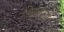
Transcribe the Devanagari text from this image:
लिहाफों